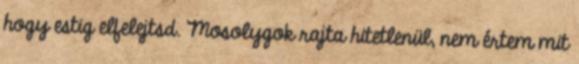
hogy estig elfelejtsd. Mosolygok rajta hitetlenül, nem értem mit